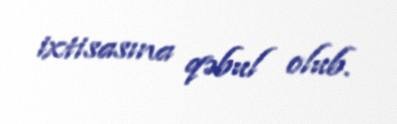
ixtisasına qəbul olub.